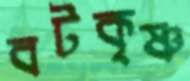
বটকৃষ্ণ